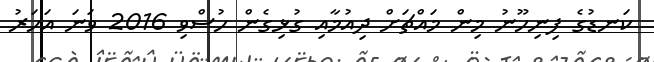
ކަނޑުގެ ފިނިހޫނު މިން މައްޗަށް ދިއުމާއި ގުޅިގެން ހުސްވި 2016 ވަނަ އަހަރު